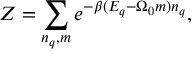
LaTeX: Z = \sum _ { n _ { q } , m } e ^ { - \beta ( E _ { q } - \Omega _ { 0 } m ) n _ { q } } ,